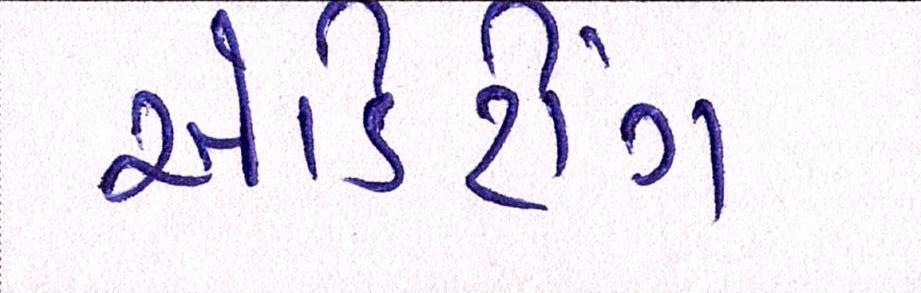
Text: એડિટીંગ